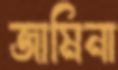
জামিনা